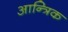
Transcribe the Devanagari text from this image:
आन्त्रिक